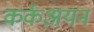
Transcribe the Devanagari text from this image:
कर्कअयन